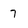
Character: 7